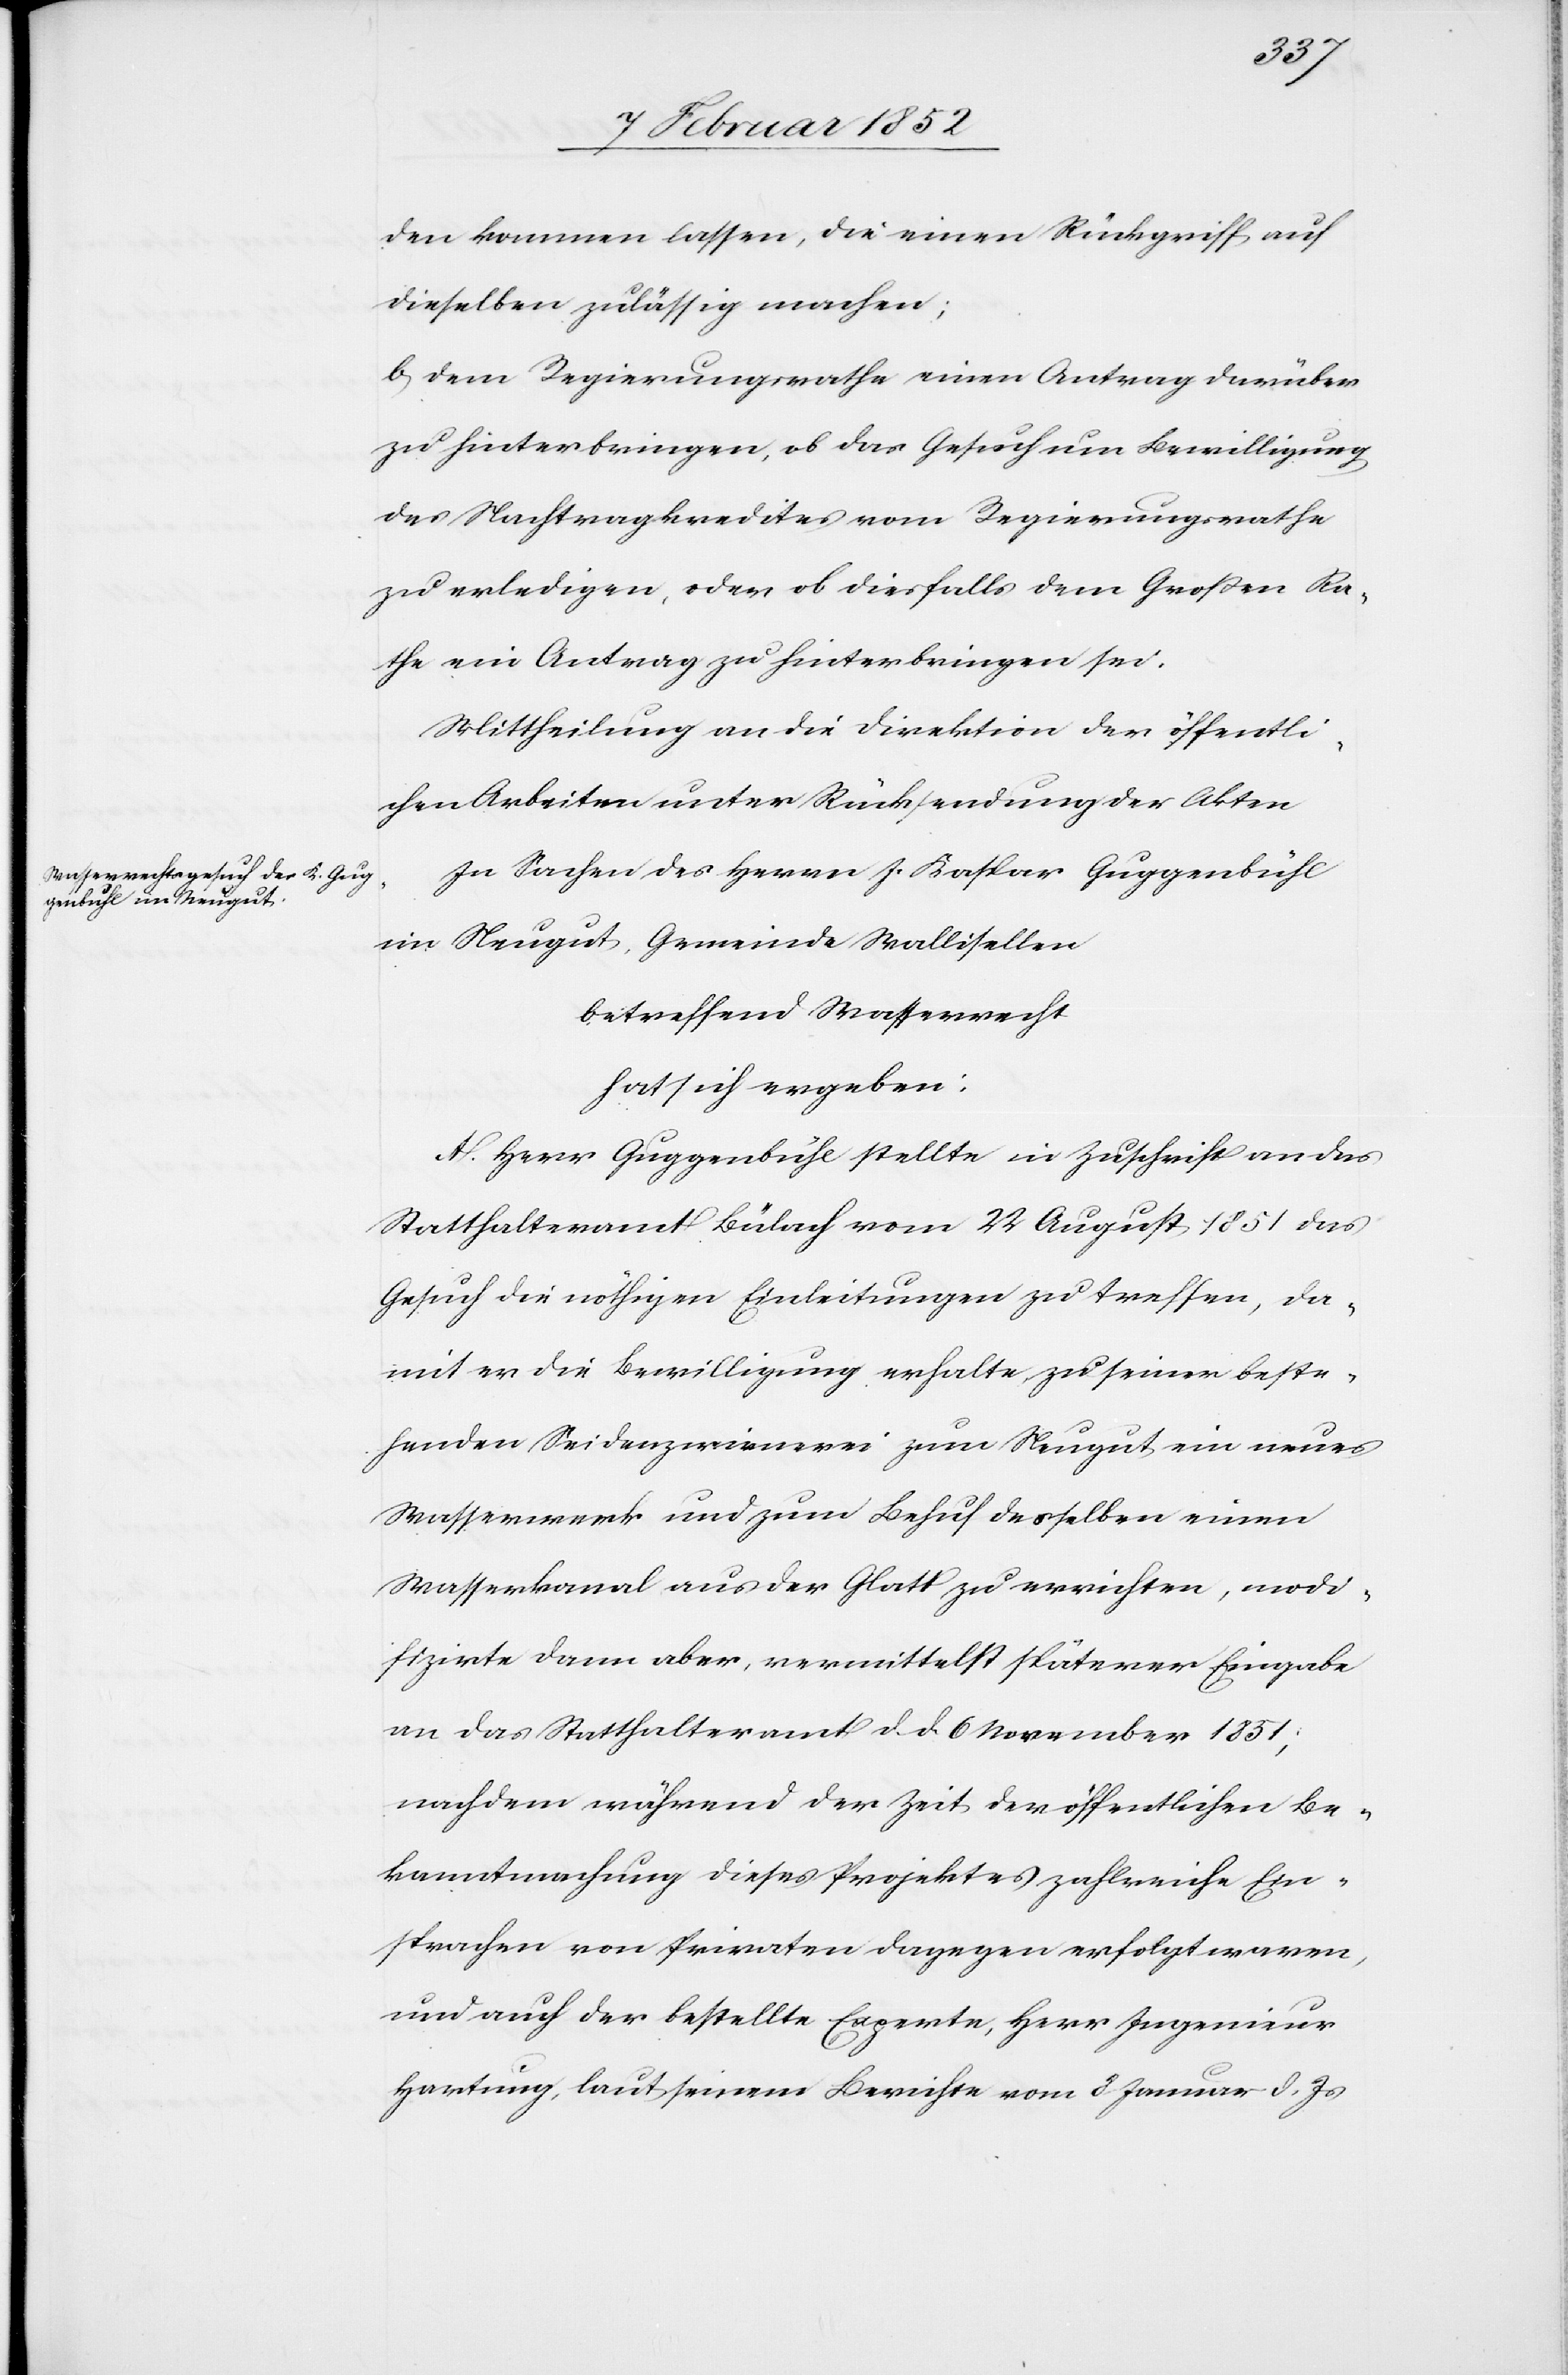
den kommen lassen, die einen Rückgriff auf
dieselben zulässig machen;
b) dem Regierungsrathe einen Antrag darüber
zu hinterbringen, ob das Gesuch um Bewilligung
des Nachtragkredites vom Regierungsrathe
zu erledigen, oder ob diesfalls dem Großen Ra¬
the ein Antrag zu hinterbringen sei.
Mittheilung an die Direktion der öffentli¬
chen Arbeiten unter Rücksendung der Akten.
In Sachen des Herrn J. Kaspar Guggenbühl
im Neugut, Gemeinde Wallisellen
betreffend Wasserrecht
hat sich ergeben:
A. Herr Guggenbühl stellte in Zuschrift an das
Statthalteramt Bülach vom 22 August 1851 das
Gesuch die nöthigen Einleitungen zu treffen, da¬
mit er die Bewilligung erhalte zu seiner beste¬
henden Seidenzwirnerei zum Neugut ein neues
Wasserwerk und zum Behuf desselben einen
Wasserkanal aus der Glatt zu errichten, modi¬
fizirte dann aber, vermittelst späterer Eingabe
an das Statthalteramt d. d. 6 November 1851;
nachdem während der Zeit der öffentlichen Be¬
kanntmachung dieses Projektes zahlreiche Ein¬
sprachen von Privaten dagegen erfolgt waren,
und auch der bestellte Experte, Herr Ingenieur
Hartung, laut einem Berichte vom 3 Januar d. Js